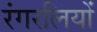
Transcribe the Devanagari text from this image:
रंगरलियों